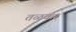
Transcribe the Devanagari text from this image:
तळकर